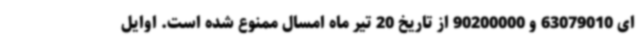
ای 63079010 و 90200000 از تاریخ 20 تیر ماه امسال ممنوع شده است. اوایل